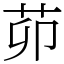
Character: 茆